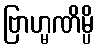
ဗြာဟ္မဏိမ္ပိ